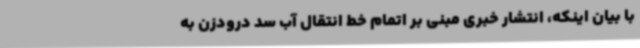
با بیان اینکه، انتشار خبری مبنی بر اتمام خط انتقال آب سد درودزن به